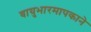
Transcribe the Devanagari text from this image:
वायुभारमापकाने